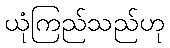
ယုံကြည်သည်ဟု